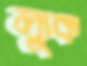
ল্যুক